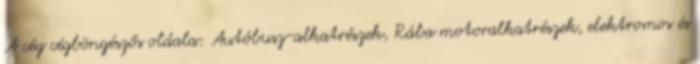
A cég cégböngészős oldala: Autóbusz-alkatrészek, Rába motoralkatrészek, elektromos és